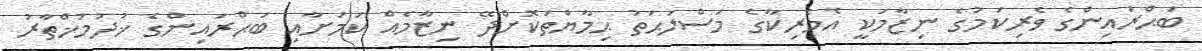
ބަޙްރައިންގެ ވެރިކަމުގެ ނިޒާމަކީ އެމެރިކާގެ މަސްލަޙަތު ޙިމާޔްތަކޮށްދޭ ނިޒާމެއް ކަމަށާއި ބަޙްރައިންގެ ޚުދުމުޚްތާރު